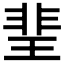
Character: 𤦅